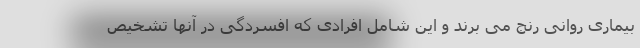
بیماری روانی رنج می برند و این شامل افرادی که افسردگی در آنها تشخیص